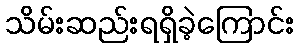
သိမ်းဆည်းရရှိခဲ့ကြောင်း